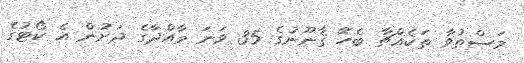
މަސްތުވާ ތަކެއްޗާ ބެހޭ ޤާނޫނުގެ 35 ވަނަ މާއްދާގެ ދަށުން އެ ކޯޓުގެ